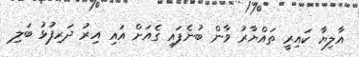
އާލިޔާ ކައިރީ ތައްޔާރު ވާން ބުނެފައި ގެއަށް އައި އިރު ދަރިފުޅު ބަލި